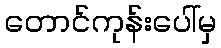
တောင်ကုန်းပေါ်မှ